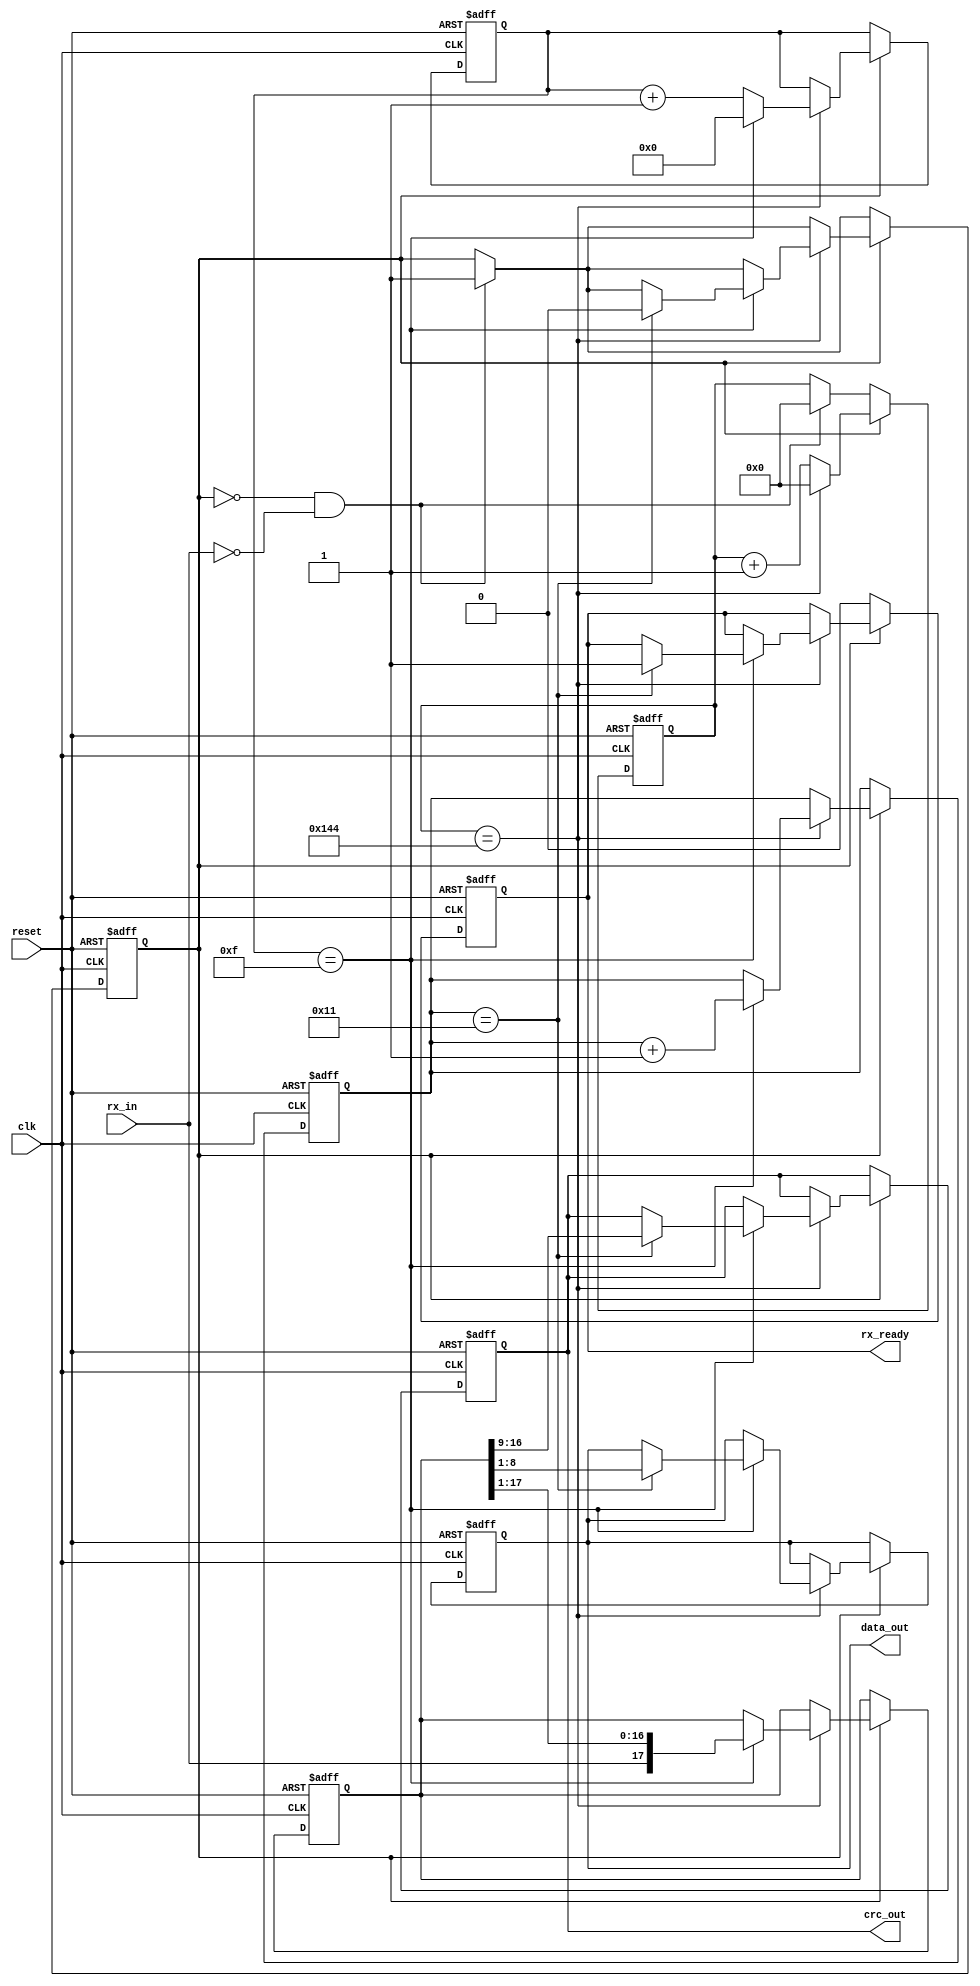
module uart_receiver (
    input wire clk,             // Clock input
    input wire reset,           // Reset input
    input wire rx_in,           // Receive input
    output reg [7:0] data_out,  // 8-bit data output
    output reg [7:0] crc_out,   // 8-bit CRC output
    output reg rx_ready         // Receive ready flag
);

parameter BAUD_RATE = 9600;           // Baud rate parameter
localparam CLK_FREQ = 50000000;       // System clock frequency
localparam OVERSAMPLING_RATE = 16;    // Oversampling rate
localparam BAUD_COUNTER_MAX = (CLK_FREQ / (BAUD_RATE * OVERSAMPLING_RATE)) - 1;
localparam MID_SAMPLE = OVERSAMPLING_RATE / 2;

reg [4:0] bit_counter;                // Bit counter for tracking received bits
reg [10:0] baud_counter;              // Baud rate counter
reg [17:0] rx_shift_reg;              // Shift register for data reception
reg [3:0] sample_counter;             // Counter for oversampling
reg [OVERSAMPLING_RATE-1:0] samples;  // Array to store samples
reg sampling;                         // Sampling flag

always @(posedge clk or posedge reset) begin
    if (reset) begin
        bit_counter <= 0;
        baud_counter <= 0;
        sample_counter <= 0;
        sampling <= 0;
        rx_ready <= 0;
        data_out <= 0;
        crc_out <= 0;
        rx_shift_reg <= 0;
    end else begin
        // Start sampling on detection of start bit (low to high transition)
        if (!sampling && !rx_in) begin
            sampling <= 1;
            baud_counter <= 0;
            $display("Receiver: Start bit detected.");
        end
        
        if (sampling) begin
            if (baud_counter == BAUD_COUNTER_MAX) begin
                samples[sample_counter] <= rx_in;  // Store the sampled bit
                sample_counter <= sample_counter + 1;
                baud_counter <= 0;
                
                if (sample_counter == OVERSAMPLING_RATE - 1) begin
                    // Perform majority vote or use middle sample for more robust reception
                    // For simplicity, using the middle sample
                    rx_shift_reg <= {rx_in, rx_shift_reg[17:1]};  // Shift in the determined bit
                    sample_counter <= 0;
                    bit_counter <= bit_counter + 1;
                    $display("Receiver: Sampled bit: %b", rx_in);
                    
                    if (bit_counter == 17) begin
                        // Extract data and CRC from shift register
                        data_out <= rx_shift_reg[8:1];
                        crc_out <= rx_shift_reg[16:9];
                        rx_ready <= 1;
                        sampling <= 0;
                        $display("Receiver: Data received: %b, CRC received: %b", data_out, crc_out);
                    end
                end
            end else begin
                baud_counter <= baud_counter + 1;
            end
        end else begin
            rx_ready <= 0;
        end
    end
end

endmodule